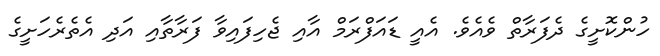
ހުންކޮށީގެ ދެފަރާތް ވެއެވެ. އެއީ ޑައަފްރަމް އާއި ޖެހިފައިވާ ފަރާތާއި އަދި އެތެރެހަށީގެ